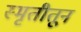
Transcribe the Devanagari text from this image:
स्मृतीतून